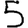
Digit: 5